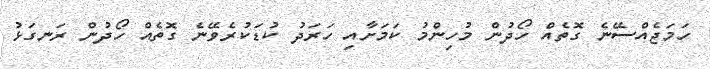
ހަމަޖެއްސޭނެ ގޮތެއް ހޯދުން މުހިންމު ކަމަށާއި ހަރަދު ކުޑަކުރެވޭނެ ގޮތެއް ހޯދުން ރަނގަޅު